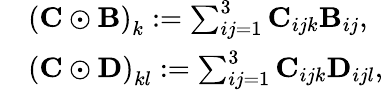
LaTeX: \begin{array}{rl}{\displaystyle}&{\left(\mathbf{C}\odot\mathbf{B}\right)_{k}:=\sum_{ij=1}^{3}\mathbf{C}_{ijk}\mathbf{B}_{ij},}\\ {\displaystyle}&{\left(\mathbf{C}\odot\mathbf{D}\right)_{kl}:=\sum_{ij=1}^{3}\mathbf{C}_{ijk}\mathbf{D}_{ijl},}\end{array}